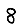
Digit: 8